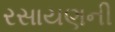
રસાયણની